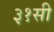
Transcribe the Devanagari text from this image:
३१सी